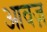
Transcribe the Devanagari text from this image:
आवज़